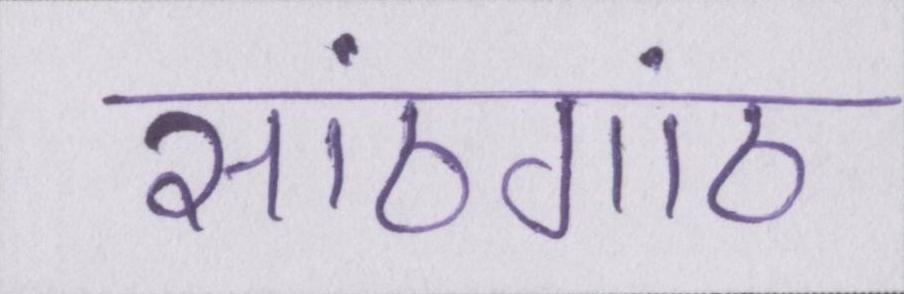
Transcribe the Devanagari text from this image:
सांठगांठ